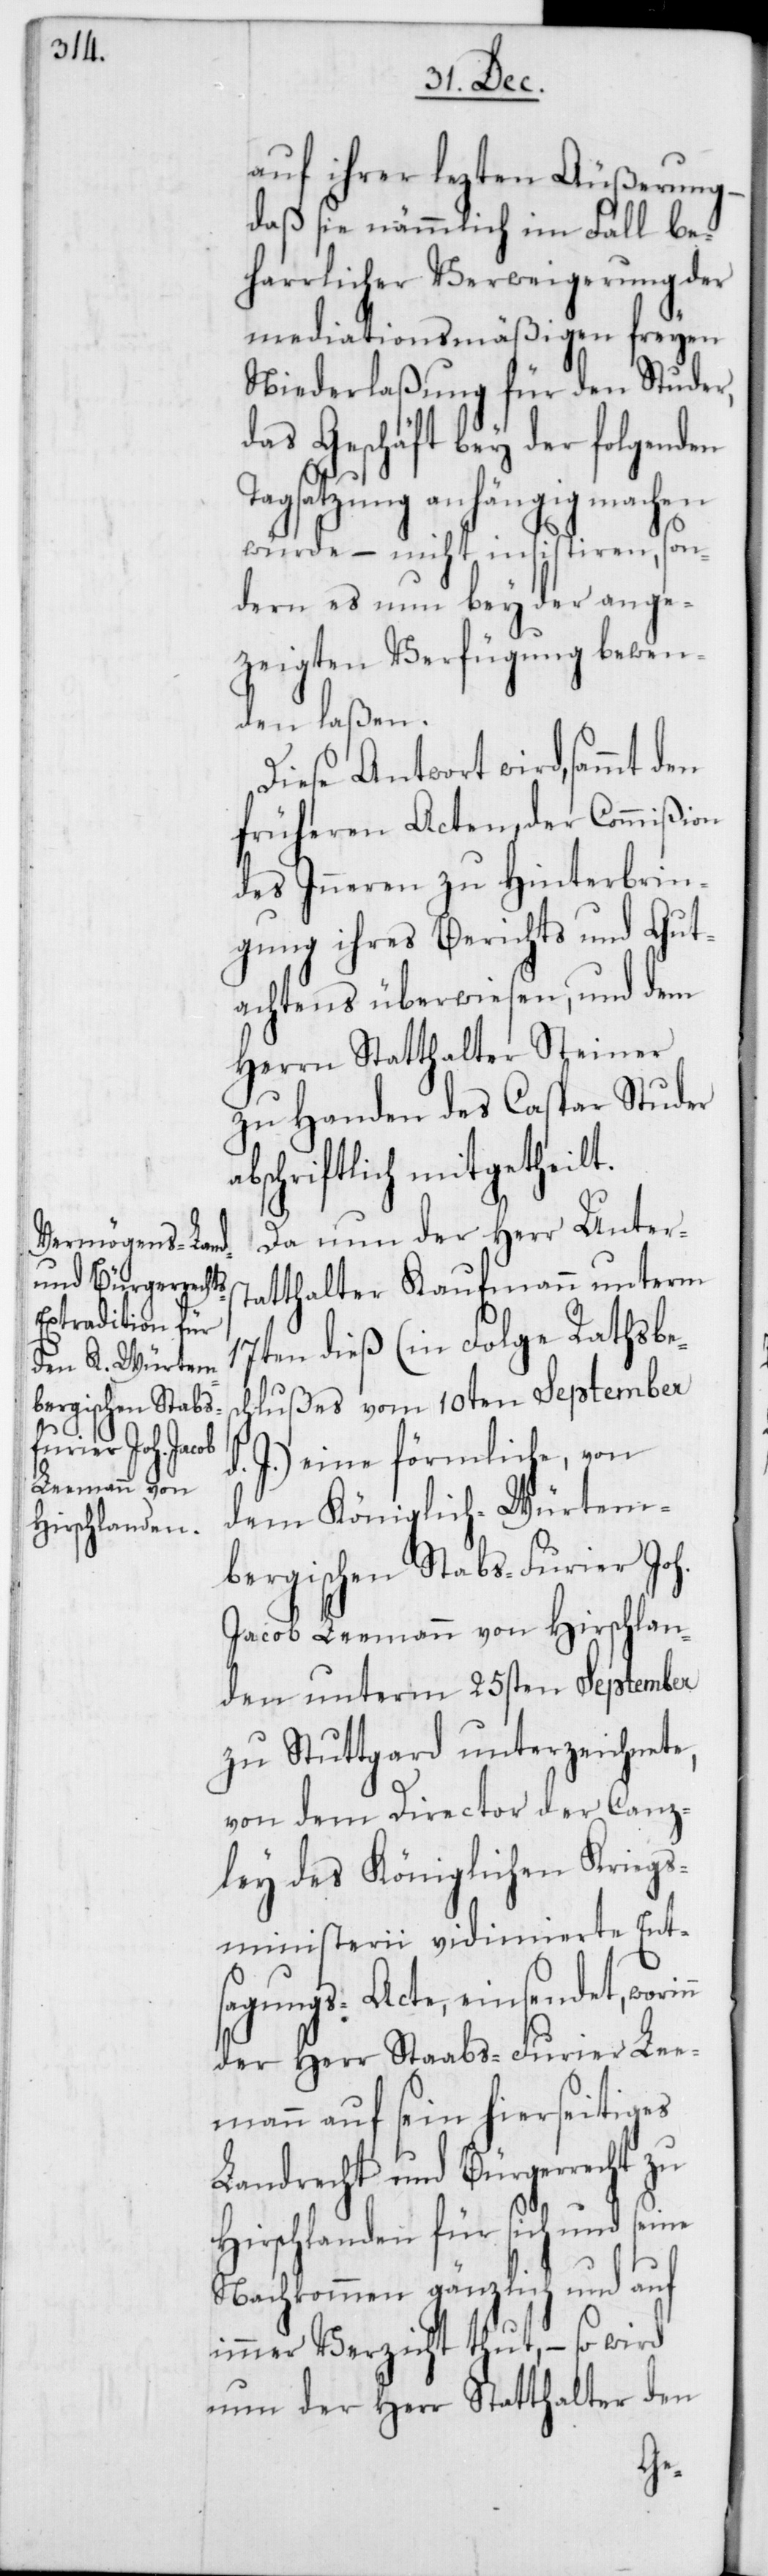
auf ihrer lezten Äußerung,
daß sie nämmlich im Fall be¬
harrlicher Verweigerung der
mediationsmäßigen freyen
Niederlaßung für den Studer,
das Geschäft bey der folgenden
Tagsatzung anhängig machen
würde – nicht insistiren, son¬
dern es nun bey der ange¬
zeigten Verfügung bewen¬
den laßen.
Diese Antwort wird, sammt den
früheren Acten, der Commißion
des Inneren zu Hinterbrin¬
gung ihres Berichts und Gut¬
achtens überwiesen, und dem
Herrn Statthalter Steiner
zu Handen des Caspar Studer
abschriftlich mitgetheilt.
Da nun der Herr Unters¬
tatthalter Kaufmann unterm
17ten dieß (in Folge Rathsbes¬
chlußes vom 10ten September
J.) eine förmliche, von
dem Königlich-Würtem¬
bergischen Stabs-Furier Joh.
Jacob Leemann von Hirschlan¬
den unterm 25sten September
zu Stuttgart unterzeichnete,
von dem Director der Canz¬
ley des Königlichen Kriegs¬
ministerii vidimierte Ent¬
sagungs-Acte, einsendet, wori¬
der Herr Staabs-Furier Lee¬
mann auf sein hierseitiges
Landrecht und Bürgerrecht zu
Hirschlanden für sich und seine
Nachkommen gänzlich und auf
immer Verzicht thut, – so wird
nun der Herr Statthalter den
nn